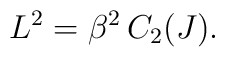
L^{2}=\beta^{2}\,C_{2}(J).